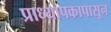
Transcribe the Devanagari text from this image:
प्राध्यापकापासून